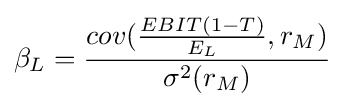
\beta _{L}={\frac {cov({\frac {EBIT(1-T)}{E_{L}}},r_{M})}{\sigma ^{2}(r_{M})}}